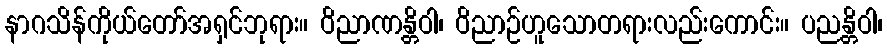
နာဂသိန်ကိုယ်တော်အရှင်ဘုရား။ ဝိညာဏန္တိဝါ၊ ဝိညာဉ်ဟူသောတရားလည်းကောင်း။ ပညန္တိဝါ၊